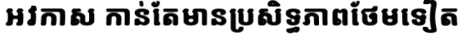
អវកាស កាន់តែមានប្រសិទ្ធភាពថែមទៀត